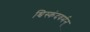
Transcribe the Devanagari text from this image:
श्विस्कंदवर्मन्